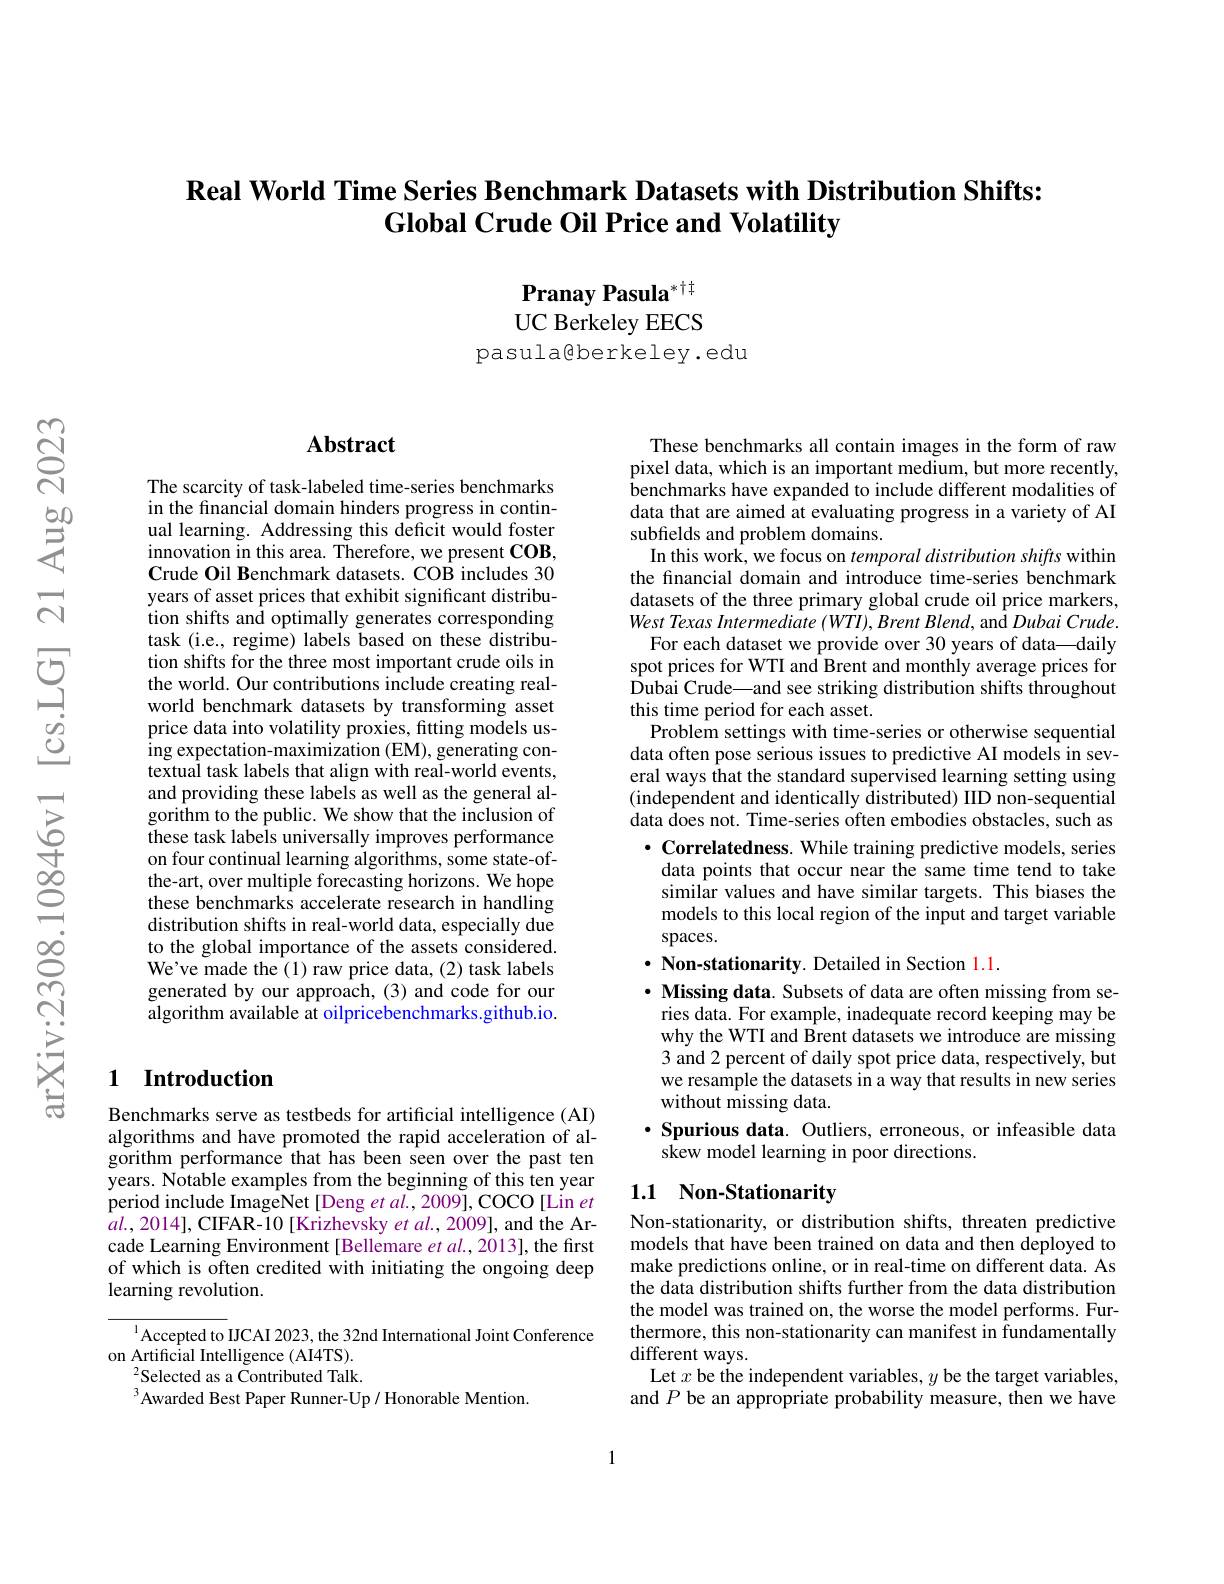
### $\textbf{Real World Time Series Benchmark Datasets with Distribution Shifts: }$ $\textbf{Global Crude Oil Price and Volatility}$

Pranay Pasula$^{*\dagger\dagger}$ UC Berkeley EECS
pasula@berkeley.edu

## Abstract

The scarcity of task-labeled time-series benchmarks in the fnancial domain hinders progress in continual learning. Addressing this deficit would foster innovation in this area. Therefore, we present COB, Crude Oil Benchmark datasets. COB includes 30 years of asset prices that exhibit significant distribution shifts and optimally generates corresponding task (i.e., regime) labels based on these distribution shifts for the three most important crude oils in the world. Our contributions include creating realworld benchmark datasets by transforming asset price data into volatility proxies, fitting models using expectation-maximization (EM), generating contextual task labels that align with real-world events, and providing these labels as well as the general algorithm to the public. We show that the inclusion of these task labels universally improves performance on four continual learning algorithms, some state-ofthe-art, over multiple forecasting horizons. We hope these benchmarks accelerate research in handling distribution shifts in real-world data, especially due to the global importance of the assets considered. We've made the (1) raw price data, (2) task labels generated by our approach, (3) and code for our algorithm available at oilpricebenchmarks.github.io.

### 1 Introduction

Benchmarks serve as testbeds for artificial intelligence (AI) algorithms and have promoted the rapid acceleration of algorithm performance that has been seen over the past ten years. Notable examples from the beginning of this ten year period include ImageNet [Deng et al.,2009], COCO [Lin et $al.,2014]$,CIFAR-10[Krizhevsky $etal.,2009]$, and the Arcade Learning Environment [Bellemare $et$ al., 2013], the first of which is often credited with initiating the ongoing deep learning revolution.

Accepted to IJCAI 2023, the 32nd International Joint Conference
on Artificial Intelligence (AI4TS).
$^{2}$Selected as a Contributed Talk.
$^{3}$Awarded Best Paper Runner-Up/ Honorable Mention.

These benchmarks all contain images in the form of raw pixel data, which is an important medium, but more recently, benchmarks have expanded to include different modalities of data that are aimed at evaluating progress in a variety of AI subfields and problem domains.
In this work, we focus on temporal distribution shifts within the financial domain and introduce time-series benchmark datasets of the three primary global crude oil price markers, West Texas Intermediate $( WTI) , Brent\textit{Blend, and Dubai Crude. }$ For each dataset we provide over 30 years of data—daily spot prices for WTI and Brent and monthly average prices for Dubai Crude—and see striking distribution shifts throughout this time period for each asset.
Problem settings with time-series or otherwise sequential data often pose serious issues to predictive AI models in several ways that the standard supervised learning setting using (independent and identically distributed) IID non-sequential data does not. Time-series often embodies obstacles, such as $\cdot$ Correlatedness. While training predictive models, series data points that occur near the same time tend to take similar values and have similar targets. This biases the models to this local region of the input and target variable $spaces.$
$\cdot$ Non-stationarity. Detailed in Section 1.1

$\cdot$ Missing data. Subsets of data are often missing from series data. For example, inadequate record keeping may be why the WTI and Brent datasets we introduce are missing 3 and 2 percent of daily spot price data, respectively, but we resample the datasets in a way that results in new series without missing data.
$\cdot$ Spurious data. Outliers, erroneous, or infeasible data
skew model learning in poor directions.

## 1.1 Non-Stationarity

Non-stationarity, or distribution shifts, threaten predictive models that have been trained on data and then deployed to make predictions online, or in real-time on different data. As the data distribution shifts further from the data distribution the model was trained on, the worse the model performs. Furthermore, this non-stationarity can manifest in fundamentally different ways.
Let $x$ be the independent variables, $y$ be the target variables, and $P$ be an appropriate probability measure, then we have

1